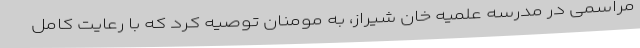
مراسمی در مدرسه علمیه خان شیراز، به مومنان توصیه کرد که با رعایت کامل